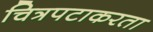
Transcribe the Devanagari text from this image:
चित्रपटाकरता